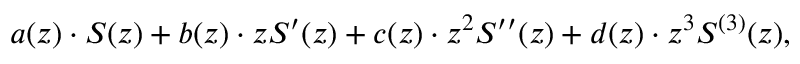
a ( z ) \cdot S ( z ) + b ( z ) \cdot z S ^ { \prime } ( z ) + c ( z ) \cdot z ^ { 2 } S ^ { \prime \prime } ( z ) + d ( z ) \cdot z ^ { 3 } S ^ { ( 3 ) } ( z ) ,